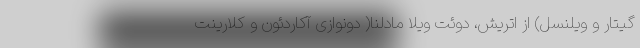
گیتار و ویلنسل) از اتریش، دوئت ویلا مادلنا( دونوازی آکاردئون و کلارینت